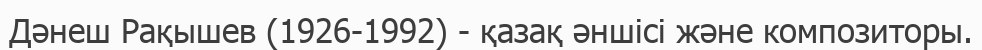
Дәнеш Рақышев (1926-1992) - қазақ әншісі және композиторы.